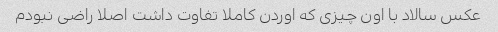
عکس سالاد با اون چیزی که اوردن کاملا تفاوت داشت اصلا راضی نبودم